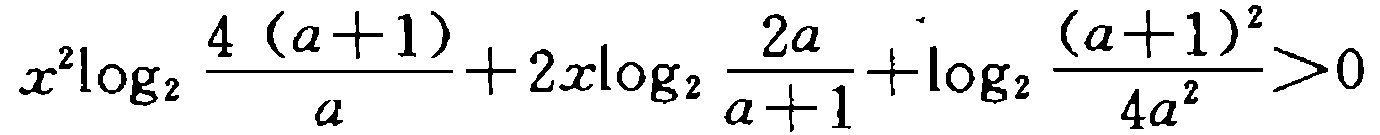
\(x^{2}\log_{2}\frac{4(a + 1)}{a}+2x\log_{2}\frac{2a}{a + 1}+\log_{2}\frac{(a + 1)^{2}}{4a^{2}}>0\)